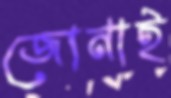
জোনাই